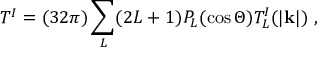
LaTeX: T ^ { I } = ( 3 2 \pi ) \sum _ { L } ( 2 L + 1 ) P _ { L } ( \cos \Theta ) T _ { L } ^ { I } ( | { \bf k } | ) \; ,